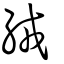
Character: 毧